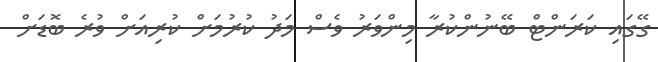
ގޭގައި ކަރަންޓް ބޭނުންކުރާ މިންވަރު ވެސް މަދު ކުރުމަށް ކުރިއަށް ވުރެ ބޮޑަށް